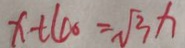
x + 4 0 = \sqrt { 3 } x